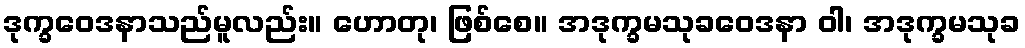
ဒုက္ခဝေဒနာသည်မူလည်း။ ဟောတု၊ ဖြစ်စေ။ အဒုက္ခမသုခဝေဒနာ ဝါ၊ အဒုက္ခမသုခ